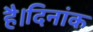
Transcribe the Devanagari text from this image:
है।दिनांक